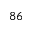
8 6